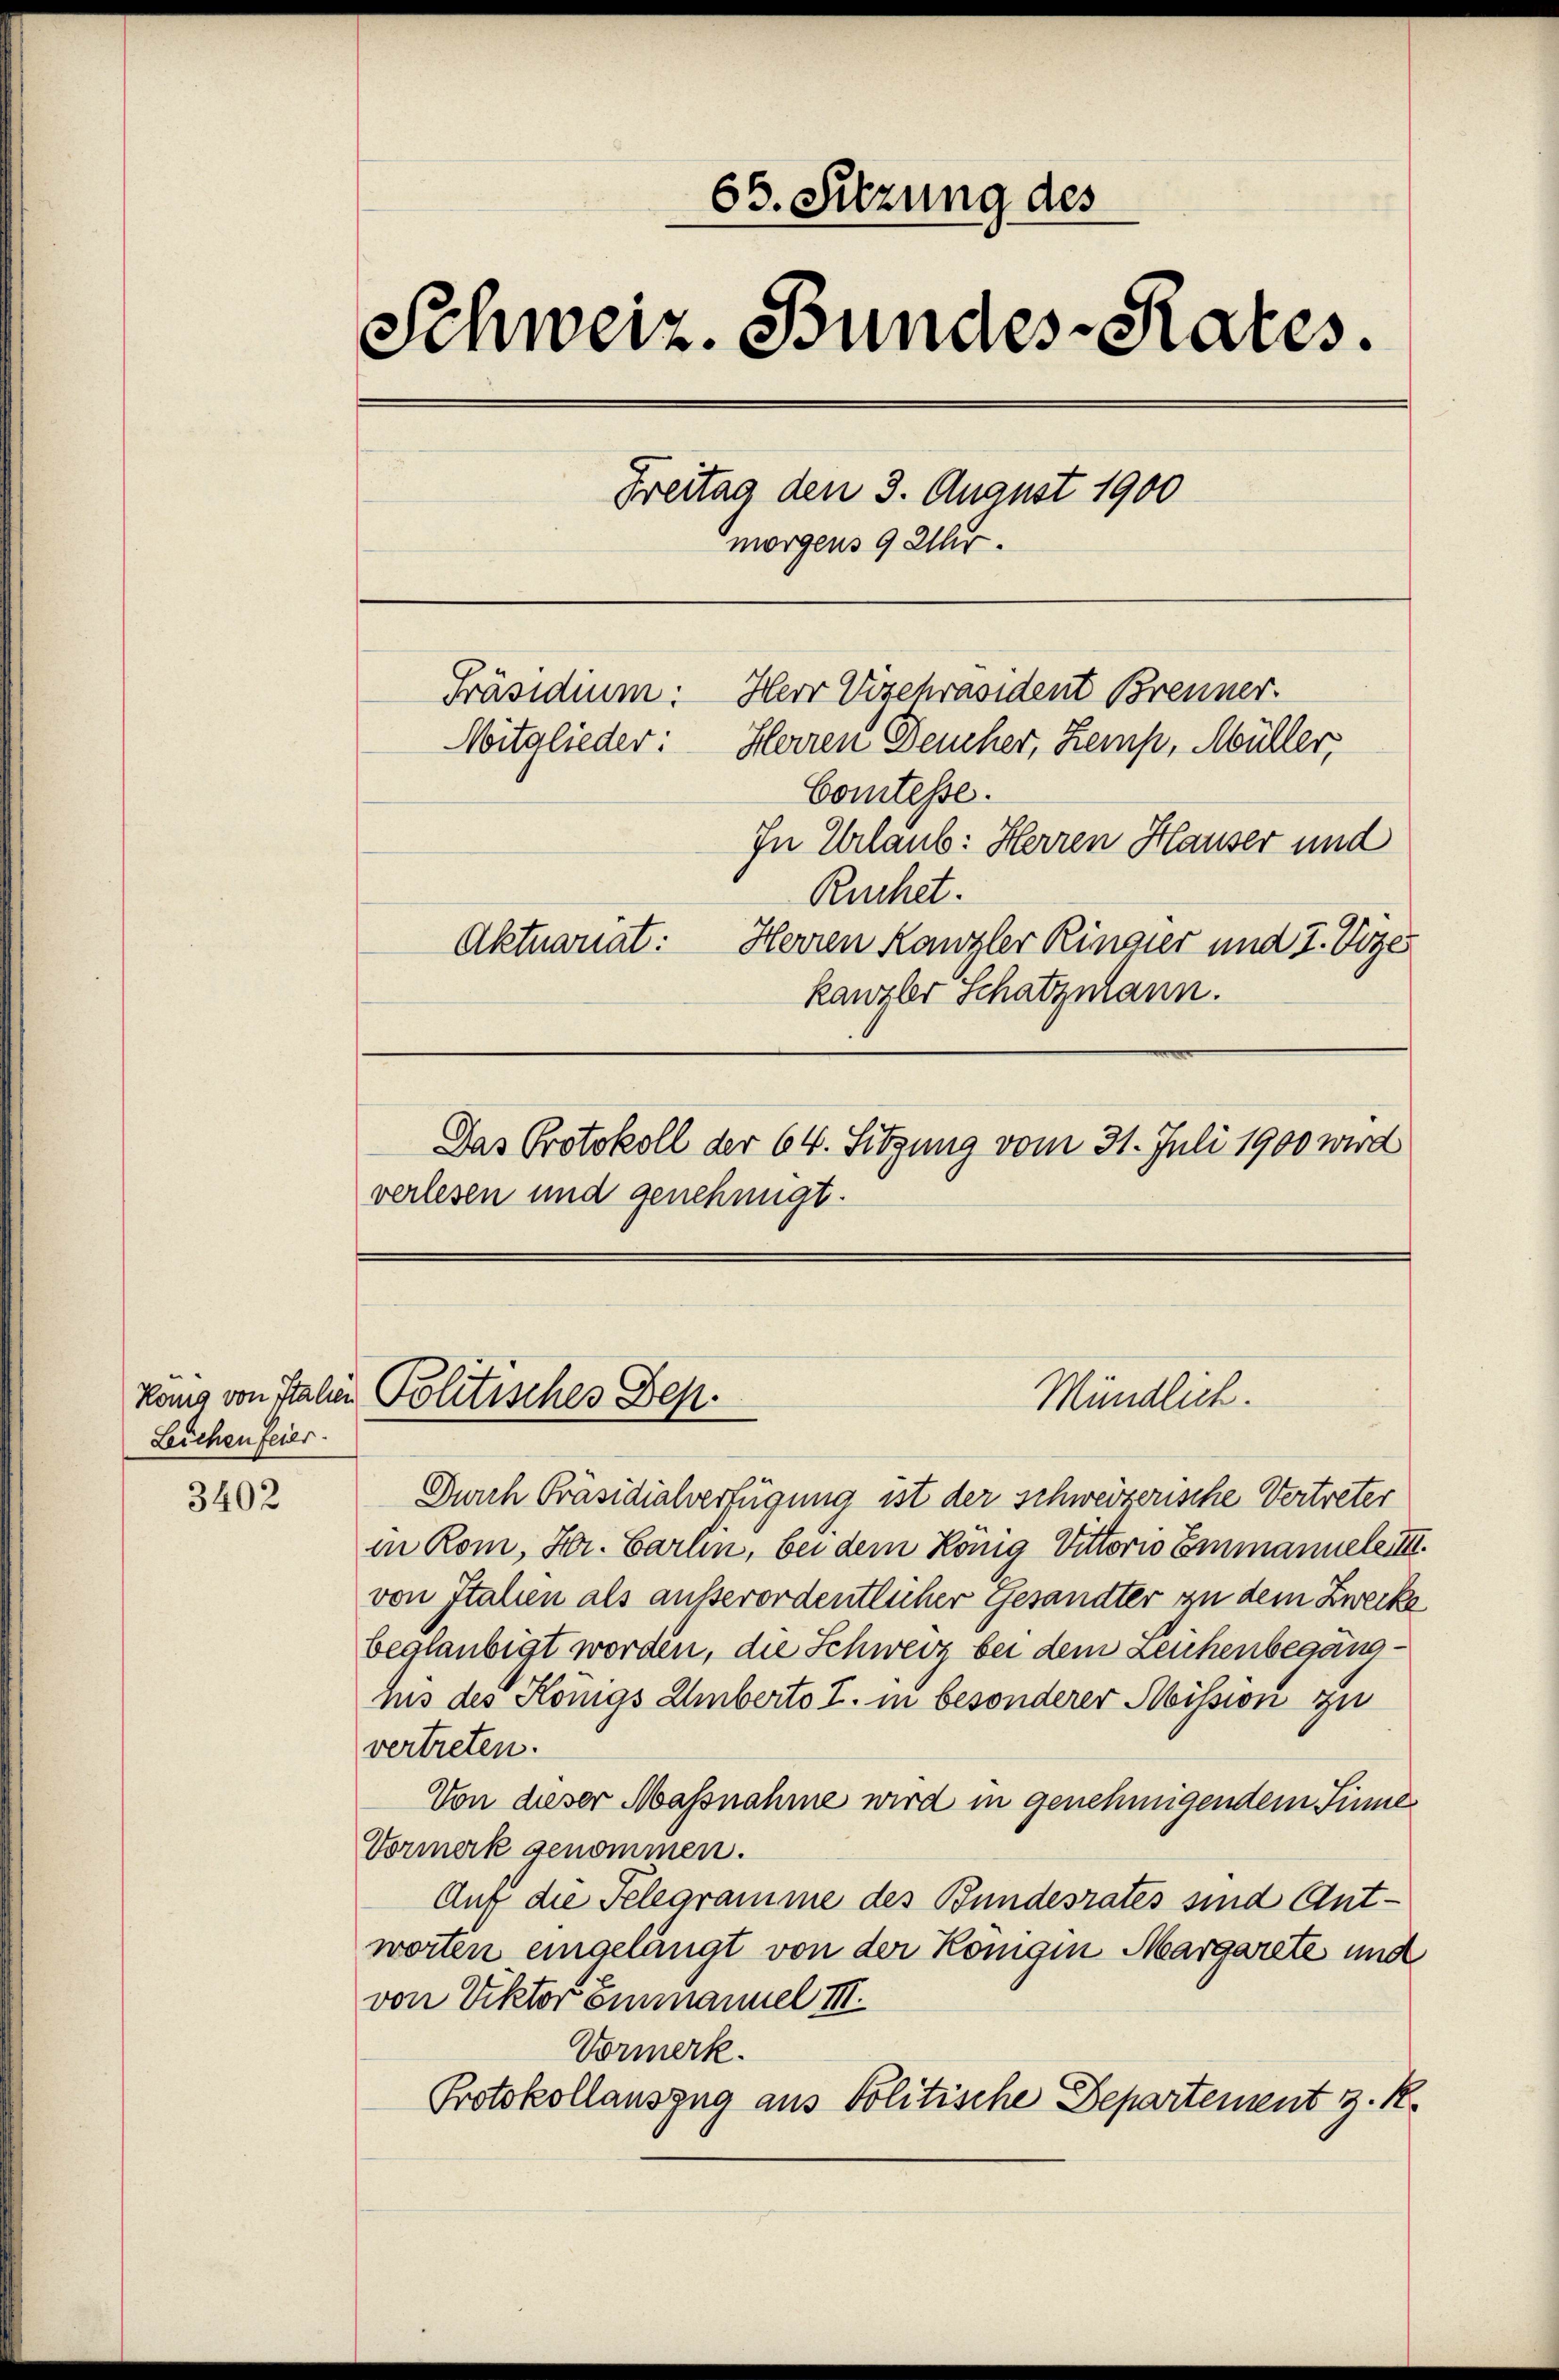
Hang von Italien
Leichenfeier.

3402

65. Sitzung des
Schweiz. Bundes-Rates.
Freitag den 3. August 1900
morgens 9 Uhr.
Herr Vizepräsident Brenner.
Präsidium:
Mitglieder: Herren Deucher, Zemp, Müller,
Comtesse.
In Urlaub: Herren Hauser und
Ruchet.
Aktuariat: Herren Kanzler Ringier und 7. Vozes
kanzler Schatzmann.

Politisches Dep

Das Protokoll der 64. Sitzung vom 31. Juli 1900 wird

Mündlich.

verlesen und genehmigt.

Durch Präsidialverfügung ist der schweizerische Vertreter
in Rom, Hr. Carlin, bei dem König Vittorio Einmannele III.
von Italien als ausserordentlicher Gesandter zu dem Zwecke
beglaubigt worden, die Schweiz bei dem Zeichenbegängnis des Königs Umberto I. in besonderer Mission zu
vertreten.
Von dieser Massnahme wird in genehmigendem Sinne
Vormerk genommen.
Auf die Telegramme des Bundesrates sind Antworten eingelangt von der Königin Margarete und
von Viktor Einmannel III
Vormerk.
Protokollauszug aus Politische Departement z. K.